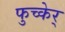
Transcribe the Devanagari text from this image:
फुच्केर्